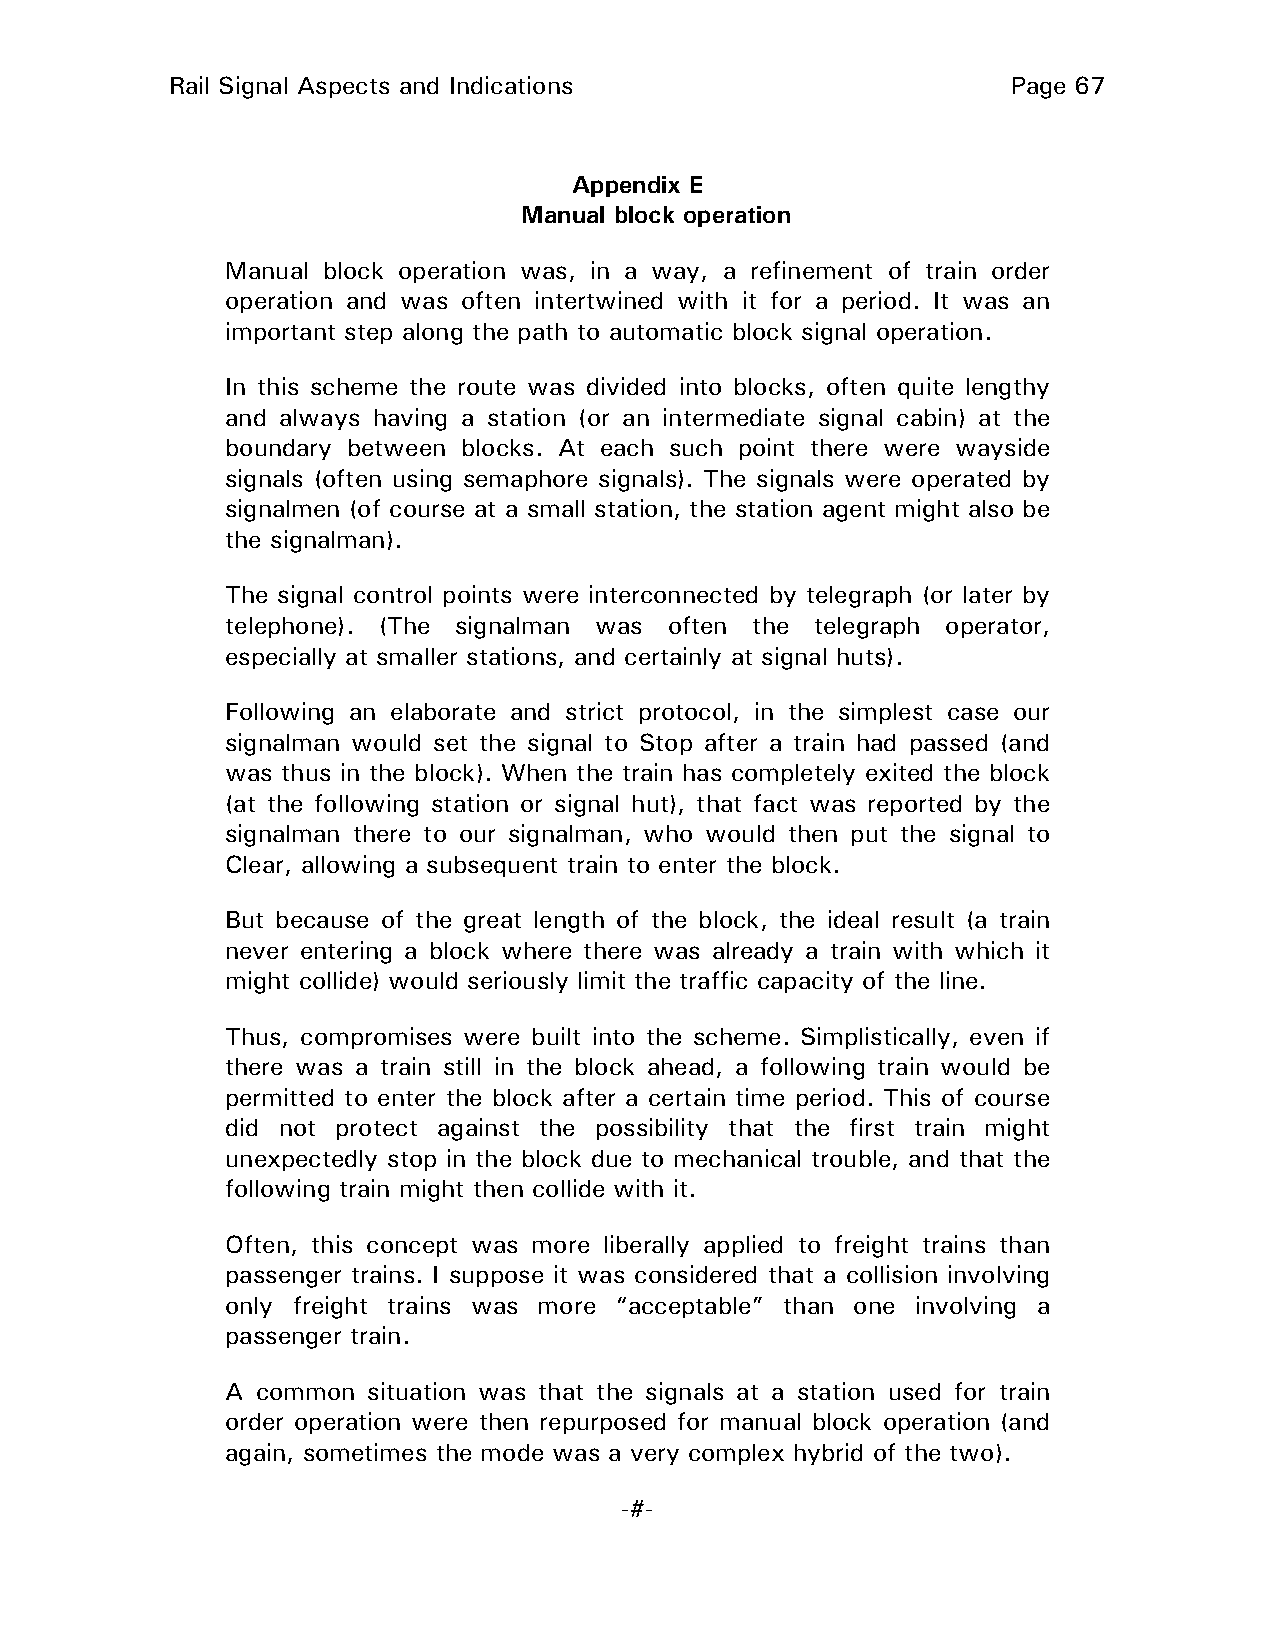
Rail Signal Aspects and Indications                     Page 67
 Appendix E
 Manual block operation
 Manual block operation was, in a way, a refinement of train order
 operation and was often intertwined with it for a period. It was an
 important step along the path to automatic block signal operation.
 In this scheme the route was divided into blocks, often quite lengthy
 and always having a station (or an intermediate signal cabin) at the
 boundary between blocks. At each such point there were wayside
 signals (often using semaphore signals). The signals were operated by
 signalmen (of course at a small station, the station agent might also be
 the signalman).
 The signal control points were interconnected by telegraph (or later by
 telephone). (The signalman was often the telegraph operator,
 especially at smaller stations, and certainly at signal huts).
 Following an elaborate and strict protocol, in the simplest case our
 signalman would set the signal to Stop after a train had passed (and
 was thus in the block). When the train has completely exited the block
 (at the following station or signal hut), that fact was reported by the
 signalman there to our signalman, who would then put the signal to
 Clear, allowing a subsequent train to enter the block.
 But because of the great length of the block, the ideal result (a train
 never entering a block where there was already a train with which it
 might collide) would seriously limit the traffic capacity of the line.
 Thus, compromises were built into the scheme. Simplistically, even if
 there was a train still in the block ahead, a following train would be
 permitted to enter the block after a certain time period. This of course
 did not protect against the possibility that the first train might
 unexpectedly stop in the block due to mechanical trouble, and that the
 following train might then collide with it.
 Often, this concept was more liberally applied to freight trains than
 passenger trains. I suppose it was considered that a collision involving
 only freight trains was more “acceptable” than one involving a
 passenger train.
 A common situation was that the signals at a station used for train
 order operation were then repurposed for manual block operation (and
 again, sometimes the mode was a very complex hybrid of the two).
 -#-